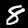
Digit: 8